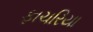
ફાચરિયા